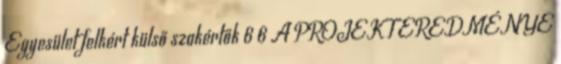
Egyesület felkért külső szakértők 6 6 A PROJEKT EREDMÉNYE